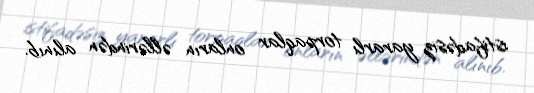
istifadəsiz yararlı torpaqlar onların əllərindən alınıb.